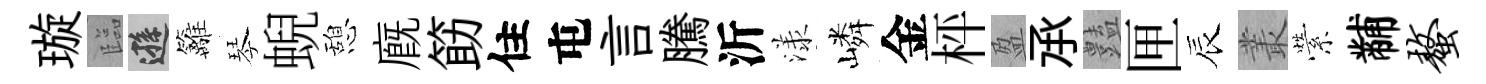
璇臨遜籬琴蜺憩廐筯住屯言騰沂漾嶙金枰盈𠄘𧰟匣辰叢縈黼螯